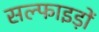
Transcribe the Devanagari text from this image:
सल्फाइड़ों